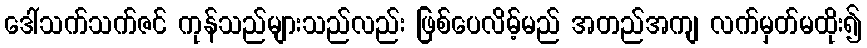
ဒေါ်သက်သက်ဇင် ကုန်သည်များသည်လည်း ဖြစ်ပေလိမ့်မည် အတည်အကျ လက်မှတ်မထိုး၍